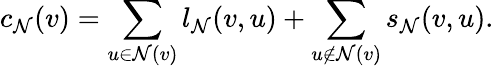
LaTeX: c_{\mathcal{N}}(v)=\sum_{u\in\mathcal{N}(v)}l_{\mathcal{N}}(v,u)+\sum_{u\notin\mathcal{N}(v)}s_{\mathcal{N}}(v,u).